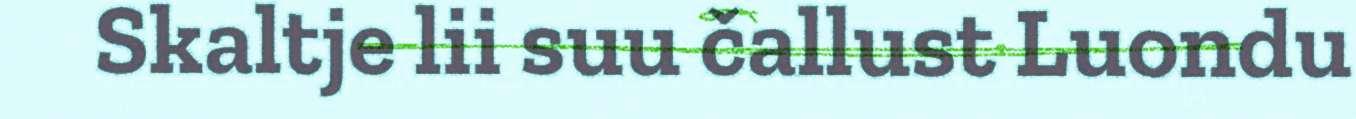
Skaltje lii suu čallust Luondu